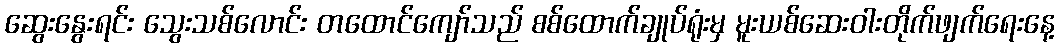
ဆွေးနွေးရင်း သွေးသစ်လောင်း တထောင်ကျော်သည် စစ်ထောက်ချုပ်ရုံးမှ မူးယစ်ဆေးဝါးတိုက်ဖျက်ရေးနေ့